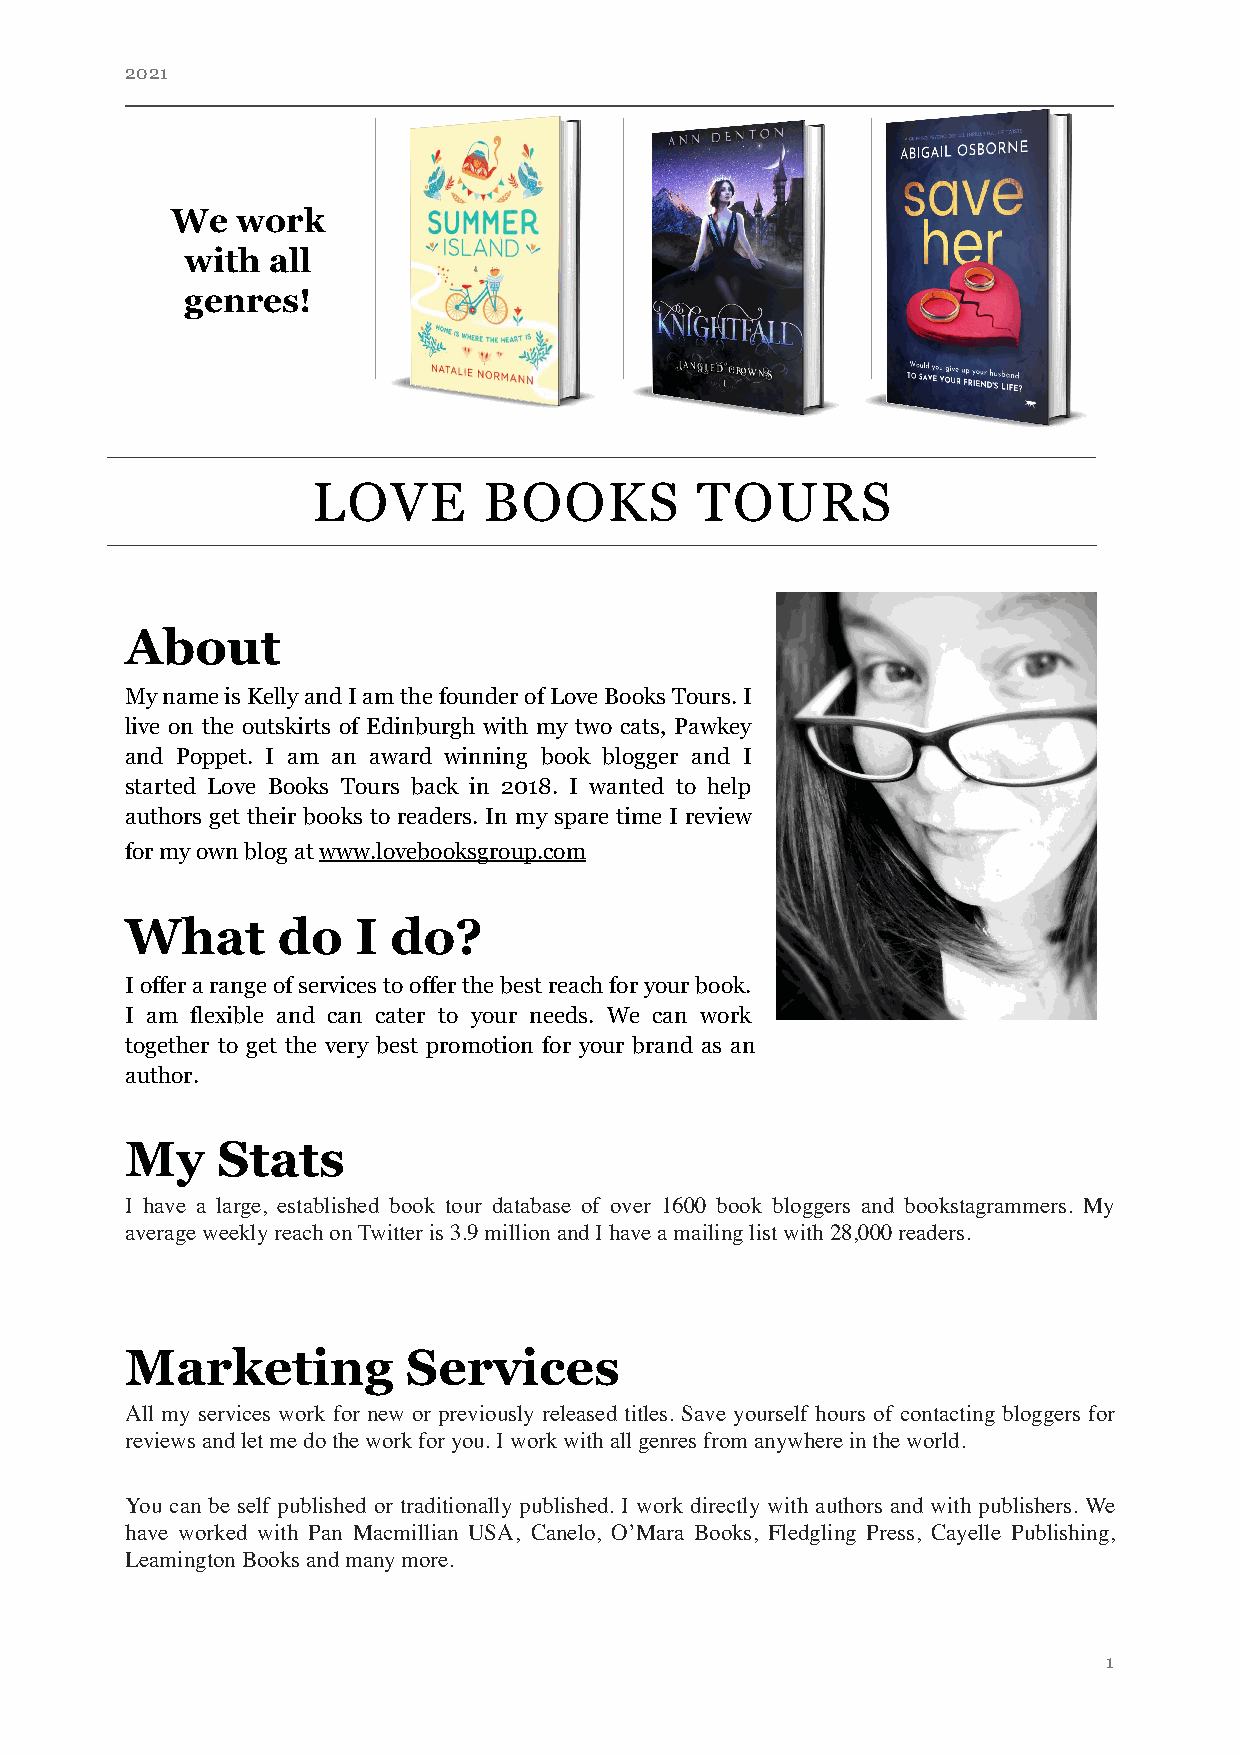
2021
 We   work
 with  all
 genres!
 LOVE       BOOKS         TOURS
 About
 My name is Kelly and I am the founder of Love Books Tours. I
 live on the outskirts of Edinburgh with my two cats, Pawkey
 and Poppet. I am an award winning book blogger and I
 started Love Books Tours back in 2018. I wanted to help
 authors get their books to readers. In my spare time I review
 for my own blog at www.lovebooksgroup.com
 What      do    I do?
 I offer a range of services to offer the best reach for your book.
 I am flexible and can cater to your needs. We can work
 together to get the very best promotion for your brand as an
 author.
 My    Stats
 I have a large, established book tour database of over 1600 book bloggers and bookstagrammers. My
 average weekly reach on Twitter is 3.9 million and I have a mailing list with 28,000 readers.
 Marketing          Services
 All my services work for new or previously released titles. Save yourself hours of contacting bloggers for
 reviews and let me do the work for you. I work with all genres from anywhere in the world.
 You can be self published or traditionally published. I work directly with authors and with publishers. We
 have worked with Pan Macmillian USA, Canelo, O’Mara Books, Fledgling Press, Cayelle Publishing,
 Leamington Books and many more.
 1